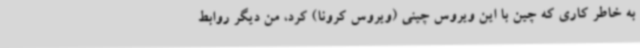
به خاطر کاری که چین با این ویروس چینی (ویروس کرونا) کرد، من دیگر روابط